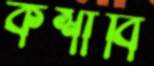
কশাবি